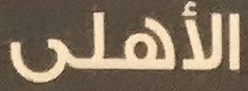
الأهلى